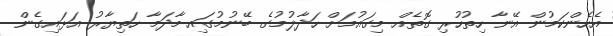
އެހެންކަމުން އޭނާ ހިތުހުރި ގޮތެއް މިގައުމަށް ހަދާލުމުގެ ބޭނުމުގައި މާދަމާ ހަތިޔާރު އަޅައިގެން